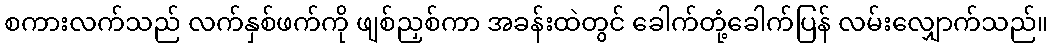
စကားလက်သည် လက်နှစ်ဖက်ကို ဖျစ်ညှစ်ကာ အခန်းထဲတွင် ခေါက်တုံ့ခေါက်ပြန် လမ်းလျှောက်သည်။